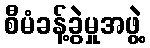
စီမံခန့်ခွဲမှုအဖွဲ့